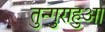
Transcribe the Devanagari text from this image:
तुन्गुराहुआ